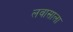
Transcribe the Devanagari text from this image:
लवासाला